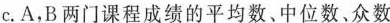
c.A，B两门课程成绩的平均数、中位数、众数